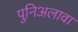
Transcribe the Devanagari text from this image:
पुनिअलावा